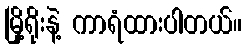
မြို့ရိုးနဲ့ ကာရံထားပါတယ်။